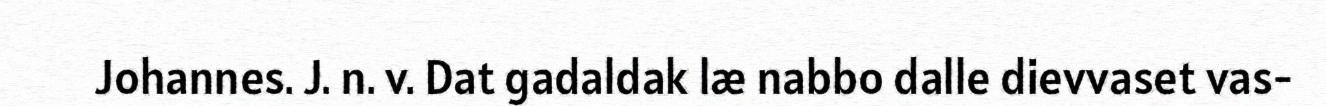
Johannes. J. n. v. Dat gadaldak læ nabbo dalle dievvaset vas-